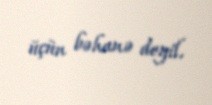
üçün bəhanə deyil.